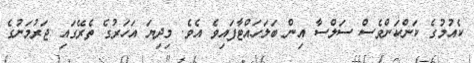
ކެއުމުގެ ކަންކަންވެސް ސަލްސާ އިން ބަލަހައްޓާފައިވެ އެވެ. މިދިޔަ އަހަރުގެ ތެރޭގައި ޖަރުމަނުގެ